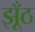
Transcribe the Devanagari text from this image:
झूँठ